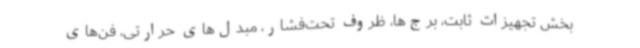
بخش تجهیزات ثابت، برج‌ها، ظروف تحت‌فشار، مبدل‌های حرارتی، فن‌های